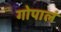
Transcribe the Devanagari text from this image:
गोपालं